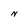
Character: N